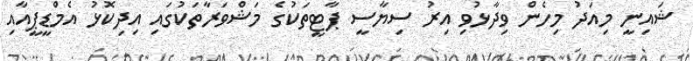
ޝައިނީ މިއަދު މިހެން ވިދާޅުވި އިރު ސިޔާސީ ޕާޓީތަކުގެ މަޝްވަރާތަކުގައި އިދިކޮޅު އެމްޑީޕީއާއި